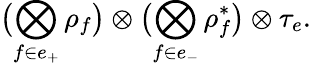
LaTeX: \bigl(\bigotimes_{f\in e_{+}}\rho_{f}\bigr)\otimes\bigl(\bigotimes_{f\in e_{-}}\rho_{f}^{\ast}\bigr)\otimes\tau_{e}.